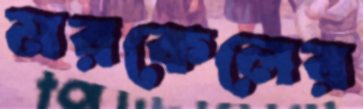
মরকেলের